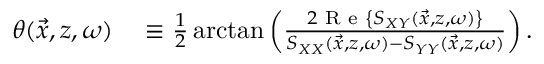
\begin{array} { r l } { \theta ( \vec { x } , z , \omega ) } & { { } \equiv \frac { 1 } { 2 } \arctan \left( \frac { 2 \textrm { R e } \left\{ S _ { X Y } ( \vec { x } , z , \omega ) \right\} } { S _ { X X } ( \vec { x } , z , \omega ) - S _ { Y Y } ( \vec { x } , z , \omega ) } \right) . } \end{array}